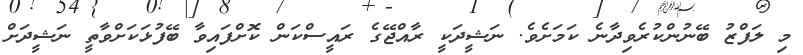
މި ލަފްޒު ބޭނުންކުރެވިދާނެ ކަމަށެވެ. ނަޝީދަކީ ރާއްޖޭގެ ރައީސްކަން ކޮށްފައިވާ ބޭފުޅަކަށްވާތީ ނަޝީދަށް